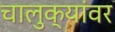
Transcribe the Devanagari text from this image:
चालुक्यांवर